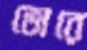
ভোরে